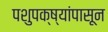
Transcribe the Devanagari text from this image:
पशुपक्ष्यांपासून